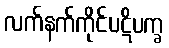
လက်နက်ကိုင်ပဋိပက္ခ